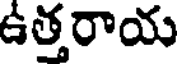
ఉత్తరాయ